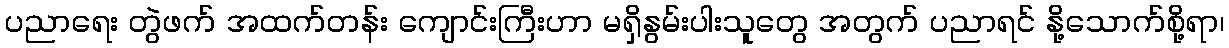
ပညာရေး တွဲဖက် အထက်တန်း ကျောင်းကြီးဟာ မရှိနွမ်းပါးသူတွေ အတွက် ပညာရင် နို့သောက်စို့ရာ၊